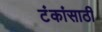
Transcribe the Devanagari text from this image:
टंकांसाठी